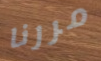
مررنا